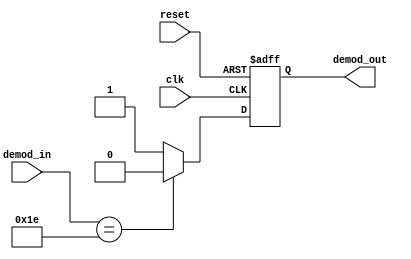
/* Generated by Yosys 0.27+22 (git sha1 53c0a6b78, clang 11.0.1-2 -fPIC -Os) */

module demod_bask(reset, clk, demod_in, demod_out);
  wire _0_;
  wire _1_;
  reg _2_;
  input clk;
  wire clk;
  input [6:0] demod_in;
  wire [6:0] demod_in;
  output demod_out;
  wire demod_out;
  input reset;
  wire reset;
  always @(posedge clk, posedge reset)
    if (reset) _2_ <= 1'h0;
    else _2_ <= _1_;
  assign _0_ = demod_in == 7'h1e;
  assign _1_ = _0_ ? 1'h0 : 1'h1;
  assign demod_out = _2_;
endmodule